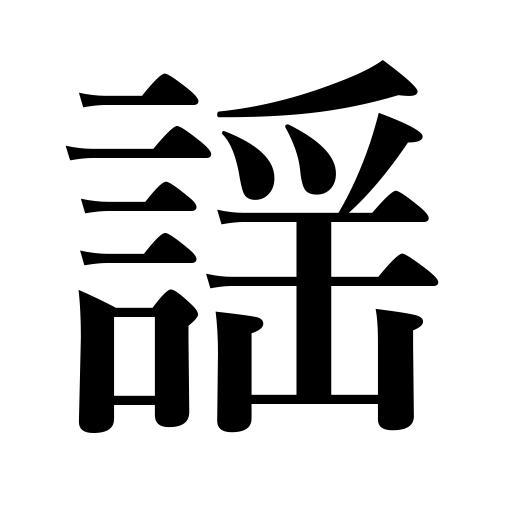
Meanings: noh singer,chant,chanting of the noh